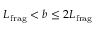
{ L } _ { \mathrm { f r a g } } < b \leq 2 { L } _ { \mathrm { f r a g } }